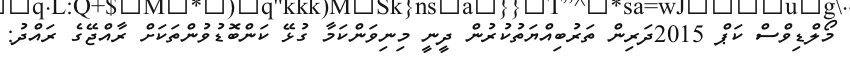
މޯލްޑިވްސް ކަޕް 2015ދަރިން ތަރުބިއްޔަތުކުރުން ދީނީ މިނިވަންކަމާ ގުޅޭ ކަންބޮޑުވުންްތަކަށް ރާއްޖޭގެ ރައްދު: